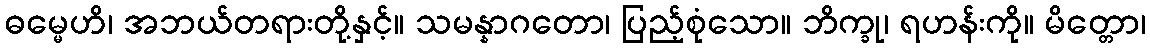
ဓမ္မေဟိ၊ အဘယ်တရားတို့နှင့်။ သမန္နာဂတော၊ ပြည့်စုံသော။ ဘိက္ခု၊ ရဟန်းကို။ မိတ္တော၊